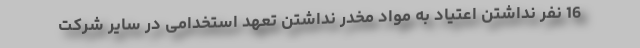
16 نفر نداشتن اعتیاد به مواد مخدر نداشتن تعهد استخدامی در سایر شرکت